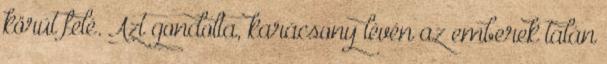
körút felé. Azt gondolta, karácsony lévén az emberek talán